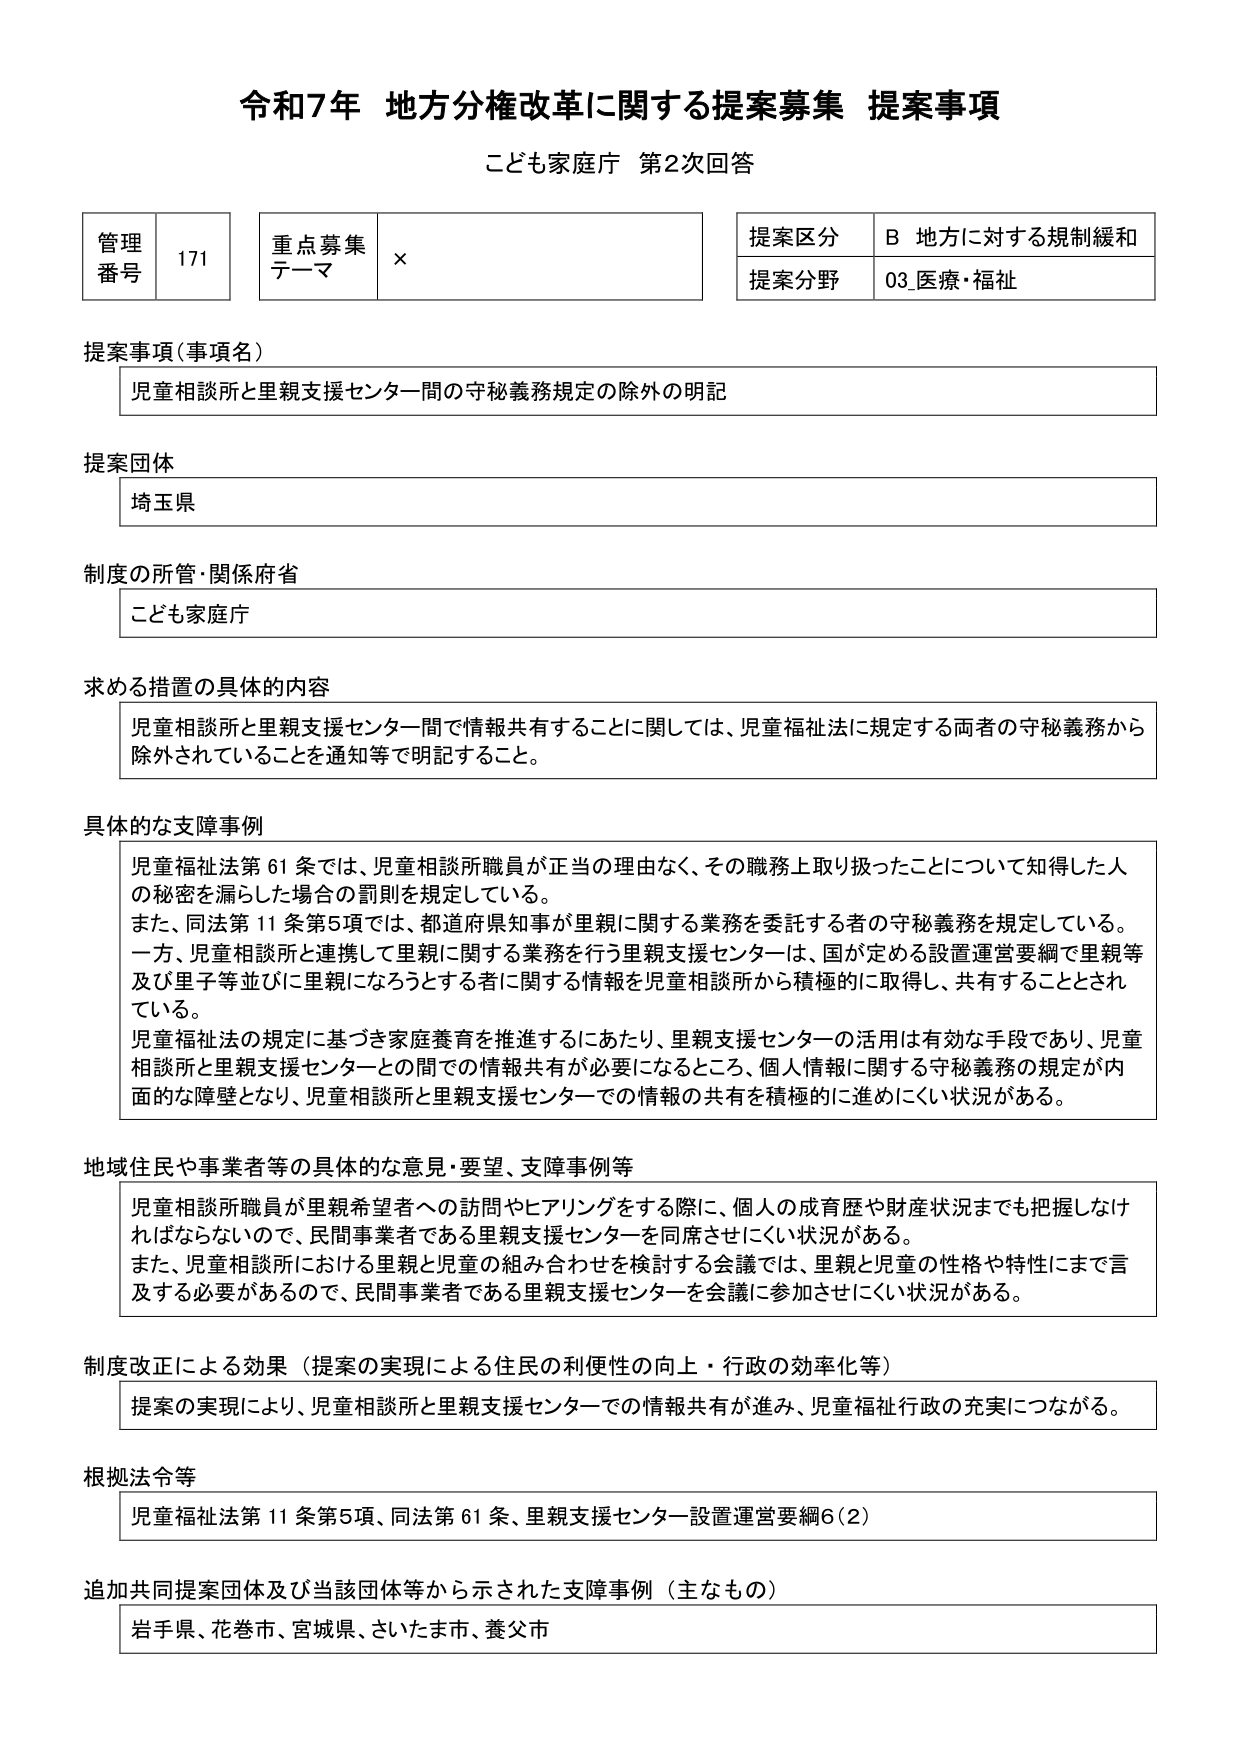
令和7年 地方分権改革に関する提案募集 提案事項
こども家庭庁 第2次回答

管理番号 171
重点募集テーマ ×
提案区分 B 地方に対する規制緩和
提案分野 03_医療・福祉

提案事項（事項名）
児童相談所と里親支援センター間の守秘義務規定の除外の明記

提案団体
埼玉県

制度の所管・関係府省
こども家庭庁

求める措置の具体的な内容
児童相談所と里親支援センター間で情報共有することに関しては、児童福祉法に規定する両者の守秘義務から除外されていることを通知等で明記すること。

具体的な支障事例
児童福祉法第61条では、児童相談所職員が正当の理由なく、その職務上取り扱ったことについて知得した人の秘密を漏らした場合の罰則を規定している。
また、同法第11条第5項では、都道府県知事が里親に関する業務を委託する者の守秘義務を規定している。
一方、児童相談所と連携して里親に関する業務を行う里親支援センターは、国が定める設置運営要綱で里親等及び里子等並びに里親になろうとする者に関する情報を児童相談所から積極的に取得し、共有することとされている。
児童福祉法の規定に基づき家庭養育を推進するにあたり、里親支援センターの活用は有効な手段であり、児童相談所と里親支援センターとの間での情報共有が必要になるところ、個人情報に関する守秘義務の規定が内部的な障壁となり、児童相談所と里親支援センターでの情報の共有を積極的に進めにくい状況がある。

地域住民や事業者等の具体的な意見・要望、支障事例等
児童相談所職員が里親希望者への訪問やヒアリングをする際に、個人の成育歴や財産状況までも把握しなければならないので、民間事業者である里親支援センターを同席させにくい状況がある。
また、児童相談所における里親と児童の組み合わせを検討する会議では、里親と児童の性格や特性にまで言及する必要があるので、民間事業者である里親支援センターを会議に参加させにくい状況がある。

制度改正による効果（提案の実現による住民の利便性の向上・行政の効率化等）
提案の実現により、児童相談所と里親支援センターでの情報共有が進み、児童福祉行政の充実につながる。

根拠法令等
児童福祉法第11条第5項、同法第61条、里親支援センター設置運営要綱6(2)

追加共同提案団体及び当該団体等から示された支障事例（主なもの）
岩手県、花巻市、宮城県、さいたま市、養父市